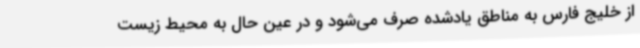
از خلیج فارس به مناطق یادشده صرف می‌شود و در عین حال به محیط زیست